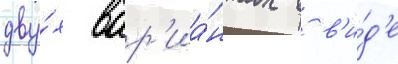
дву́х вар'иа́нтах в в'и́д'е